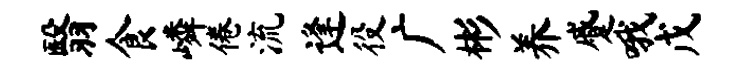
翳食嶙倦流逢役广彬养蹙哦戊